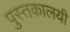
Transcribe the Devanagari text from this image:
पुस्तकालयी